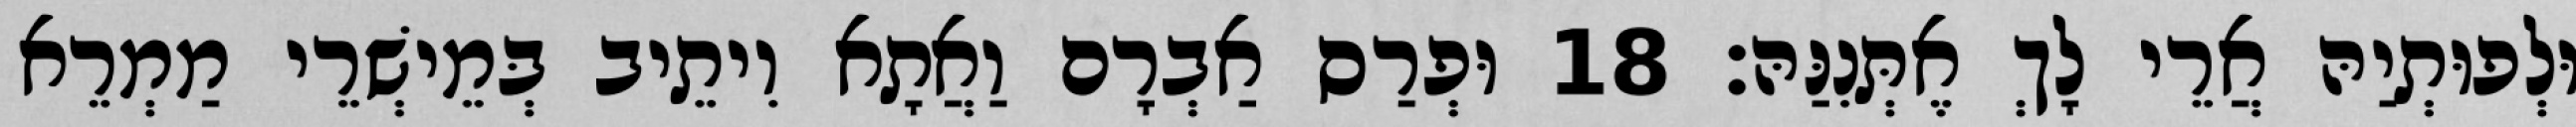
וּלְפוּתְיַהּ אֲרֵי לָךְ אֶתְּנִנַּהּ׃ 18 וּפְרַס אַבְרָם וַאֲתָא וִיתֵיב בְּמֵישְׁרֵי מַמְרֵא